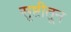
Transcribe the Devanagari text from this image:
सृष्टीतून